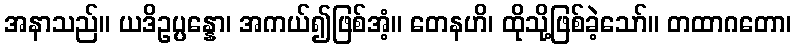
အနာသည်။ ယဒိဥပ္ပန္နော၊ အကယ်၍ဖြစ်အံ့။ တေနဟိ၊ ထိုသို့ဖြစ်ခဲ့သော်။ တထာဂတော၊